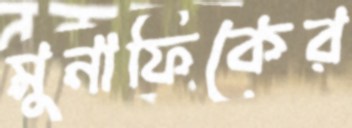
মুনাফিকের